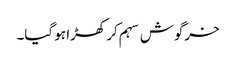
خرگوش سہم کر کھڑا ہو گیا۔